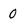
Character: 0